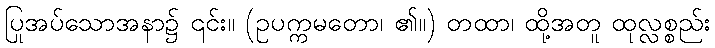
ပြုအပ်သောအနာ၌ ၎င်း။ (ဥပက္ကမတော၊ ၏။) တထာ၊ ထို့အတူ ထုလ္လစ္စည်း